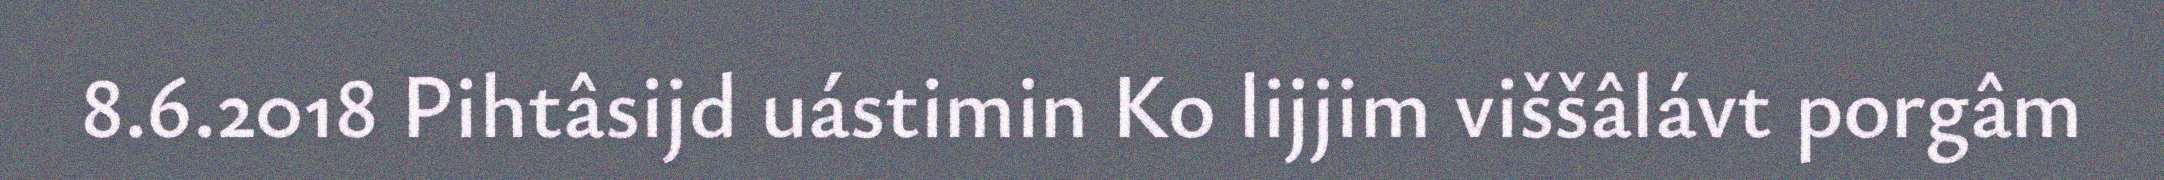
8.6.2018 Pihtâsijd uástimin Ko lijjim viššâlávt porgâm